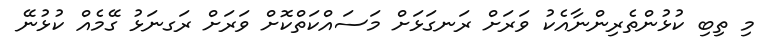
މި ތިބި ކުޅުންތެރިންނާއެކު ވަރަށް ރަނގަޅަށް މަސައްކަތްކޮށް ވަރަށް ރަގނަޅު ގޭމެއް ކުޅުނޭ